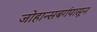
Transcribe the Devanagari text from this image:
जोहान्सबर्गपासून